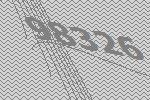
98326